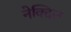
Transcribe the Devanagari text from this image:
नेक्दिल